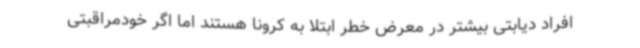
افراد دیابتی بیشتر در معرض خطر ابتلا به کرونا هستند اما اگر خودمراقبتی